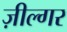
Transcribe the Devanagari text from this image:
ज़ील्‍गर